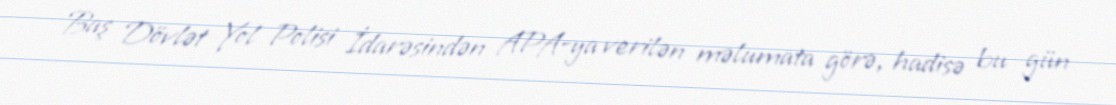
Baş Dövlət Yol Polisi İdarəsindən APA-ya verilən məlumata görə, hadisə bu gün